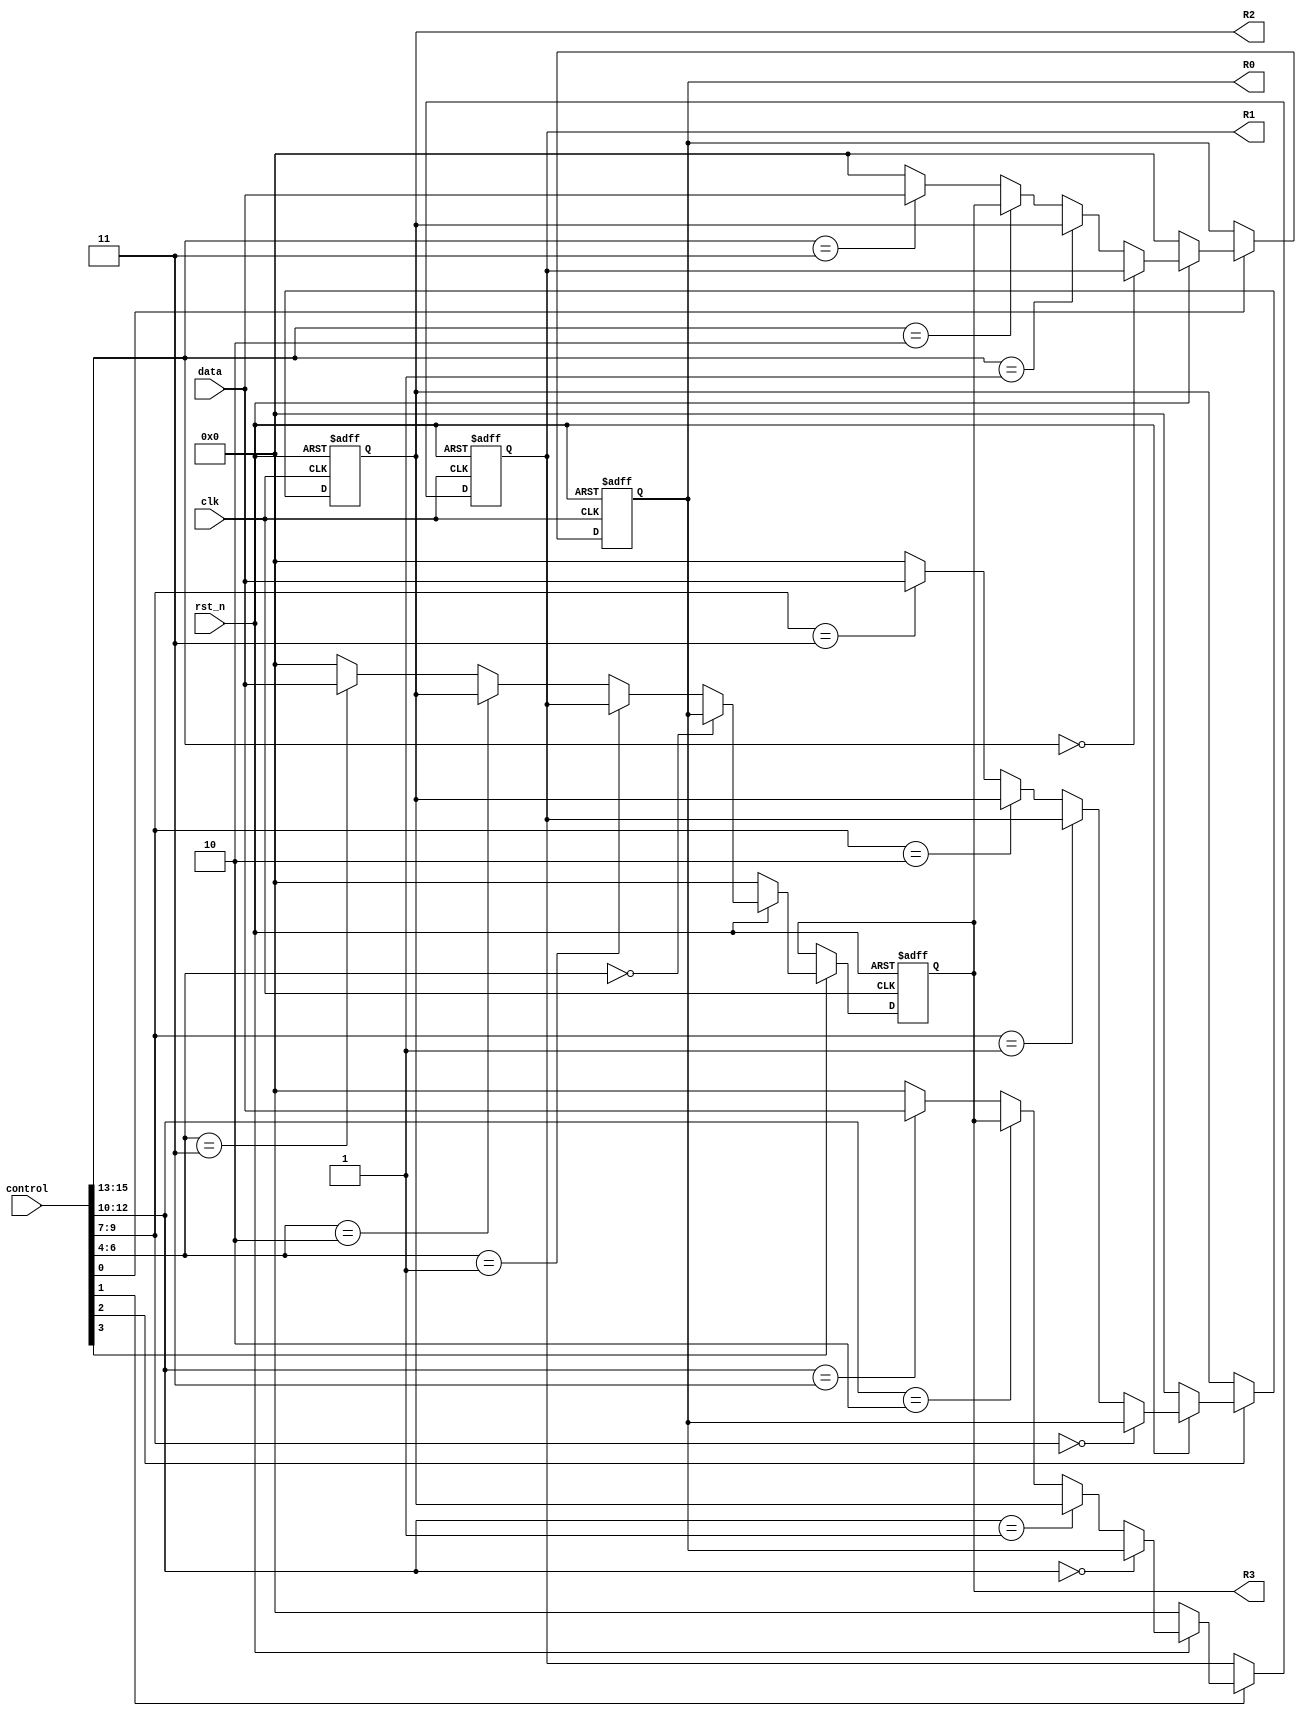
//-----------------------------------------------------
// Design Name : hw1_B
// Function : Dedicated MUX-Based Transfer
// Coder    : hydai
//-----------------------------------------------------

module hw1_B (
				input [15:0] data,
				input [15:0] control,
				input clk,
				input rst_n,
				output reg [15:0] R0,
				output reg [15:0] R1,
				output reg [15:0] R2,
				output reg [15:0] R3
			 );

wire [15:0] T0, T1, T2, T3;

always @(posedge clk or negedge rst_n) begin
	if (!rst_n) begin
		R0 <= 0;
		R1 <= 0;
		R2 <= 0;
		R3 <= 0;
	end else begin
		R0 <= (control[0])?(T0):(R0);
		R1 <= (control[1])?(T1):(R1);
		R2 <= (control[2])?(T2):(R2);
		R3 <= (control[3])?(T3):(R3);
	end // end of if-else block
end

assign T0 = (!rst_n)?(0):
			(control[15:13] == 3'b000)?(R1):
			(control[15:13] == 3'b001)?(R2):
			(control[15:13] == 3'b010)?(R3):
			(control[15:13] == 3'b011)?(data):
			(0);
assign T1 = (!rst_n)?(0):
			(control[12:10] == 3'b000)?(R0):
			(control[12:10] == 3'b001)?(R2):
			(control[12:10] == 3'b010)?(R3):
			(control[12:10] == 3'b011)?(data):
			(0);
assign T2 = (!rst_n)?(0):
			(control[9:7] == 3'b000)?(R0):
			(control[9:7] == 3'b001)?(R1):
			(control[9:7] == 3'b010)?(R2):
			(control[9:7] == 3'b011)?(data):
			(0);
assign T3 = (!rst_n)?(0):
			(control[6:4] == 3'b000)?(R0):
			(control[6:4] == 3'b001)?(R1):
			(control[6:4] == 3'b010)?(R2):
			(control[6:4] == 3'b011)?(data):
			(0);
endmodule